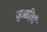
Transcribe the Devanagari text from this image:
जुआड़ियों